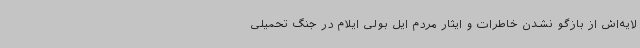
لایه‌اش از بازگو نشدن خاطرات و ایثار مردم ایل بولی ایلام در جنگ تحمیلی